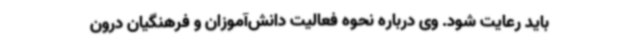
باید رعایت شود. وی درباره نحوه فعالیت دانش‌آموزان و فرهنگیان درون